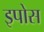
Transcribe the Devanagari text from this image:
इपोस